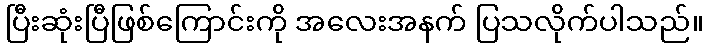
ပြီးဆုံးပြီဖြစ်ကြောင်းကို အလေးအနက် ပြသလိုက်ပါသည်။